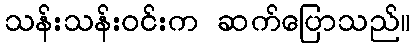
သန်းသန်းဝင်းက ဆက်ပြောသည်။